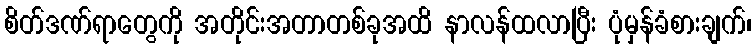
စိတ်ဒဏ်ရာတွေကို အတိုင်းအတာတစ်ခုအထိ နာလန်ထလာပြီး ပုံမှန်ခံစားချက်၊